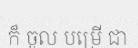
ក៏ ចូល បម្រើ ជា